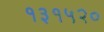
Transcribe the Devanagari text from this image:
१३१५२०